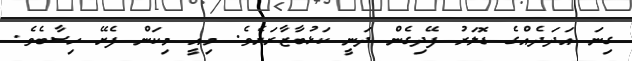
ގިނަ އަދަދެއްގެ ޑޮލަރު ފޭދިގެން ދަނީ ކަޅުބާޒާރަށެވެ. މިއީ މިކަން ފެށޭ ހިސާބެވެ.